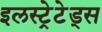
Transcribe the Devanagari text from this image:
इलस्ट्रेटेड्स